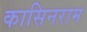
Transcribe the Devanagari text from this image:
कासिनराम